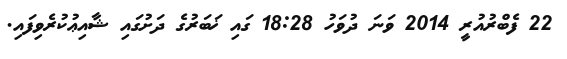
22 ފެބްރުއުރީ 2014 ވަނަ ދުވަހު 18:28 ގައި ޚަބަރުގެ ދަށުގައި ޝާއިޢުކުރެވިފައި.